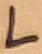
Text: L